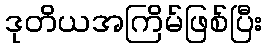
ဒုတိယအကြိမ်ဖြစ်ပြီး